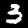
Label: 3